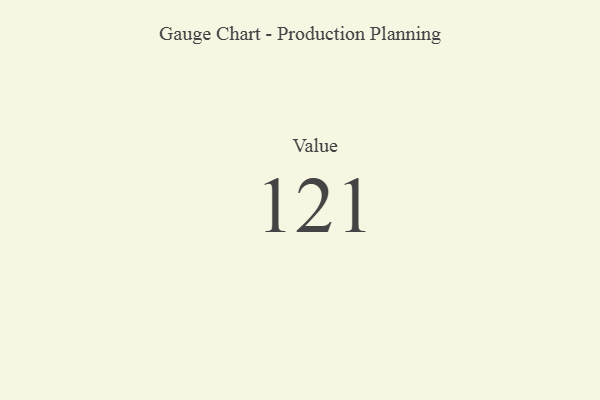
{"axis": {"x": "Metric", "y": "Value"}, "legend": [""], "data": [{"x": "Value", "y": 121, "type": ""}]}